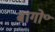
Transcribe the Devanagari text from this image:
बागो॰